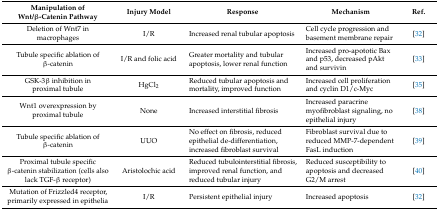
| Manipulation of Wnt/β-Catenin Pathway | Injury Model | Response | Mechanism | Ref. |
 | --- | --- | --- | --- | --- |
 | Deletion of Wnt7 in macrophages | I/R | Increased renal tubular apoptosis | Cell cycle progression and basement membrane repair | [32] |
 | Tubule specific ablation of β-catenin | I/R and folic acid | Greater mortality and tubular apoptosis, lower renal function | Increased pro-apototic Bax and p53, decreased pAkt and survivin | [33] |
 | GSK-3β inhibition in proximal tubule | HgCl2 | Reduced tubular apoptosis and mortality, improved function | Increased cell proliferation and cyclin D1/c-Myc | [35] |
 | Wnt1 overexpression by proximal tubule | None | Increased interstitial fibrosis | Increased paracrine myofibroblast signaling, no epithelial injury | [38] |
 | Tubule specific ablation of β-catenin | UUO | No effect on fibrosis, reduced epithelial de-differentiation, increased fibroblast survival | Fibroblast survival due to reduced MMP-7-dependent FasL induction | [39] |
 | Proximal tubule specific β-catenin stabilization (cells also lack TGF-β receptor) | Aristolochic acid | Reduced tubulointerstitial fibrosis, improved renal function, and reduced tubular injury | Reduced susceptibility to apoptosis and decreased G2/M arrest | [40] |
 | Mutation of Frizzled4 receptor, primarily expressed in epithelia | I/R | Persistent epithelial injury | Increased apoptosis | [32] |